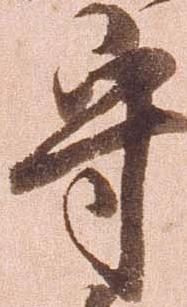
守